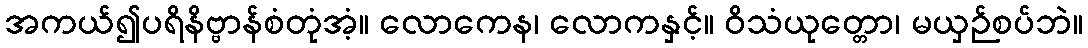
အကယ်၍ပရိနိဗ္ဗာန်စံတုံအံ့။ လောကေန၊ လောကနှင့်။ ဝိသံယုတ္တော၊ မယှဉ်စပ်ဘဲ။